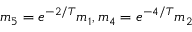
\begin{array} { r } { m _ { 5 } = e ^ { - 2 / T } m _ { 1 } , m _ { 4 } = e ^ { - 4 / T } m _ { 2 } } \end{array}